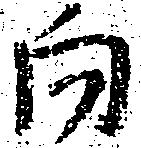
向